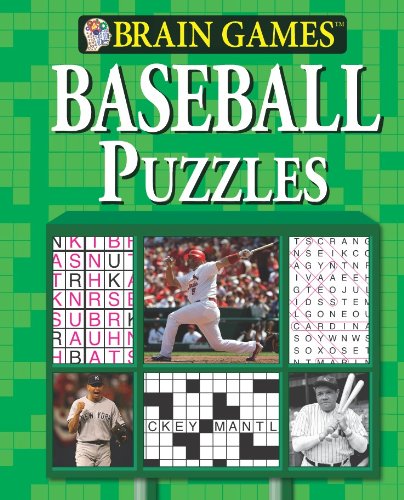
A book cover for Brain Games: Baseball Puzzles; Editors of Publications International Ltd.; Humor & Entertainment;